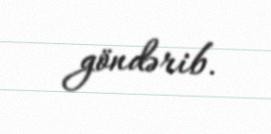
göndərib.